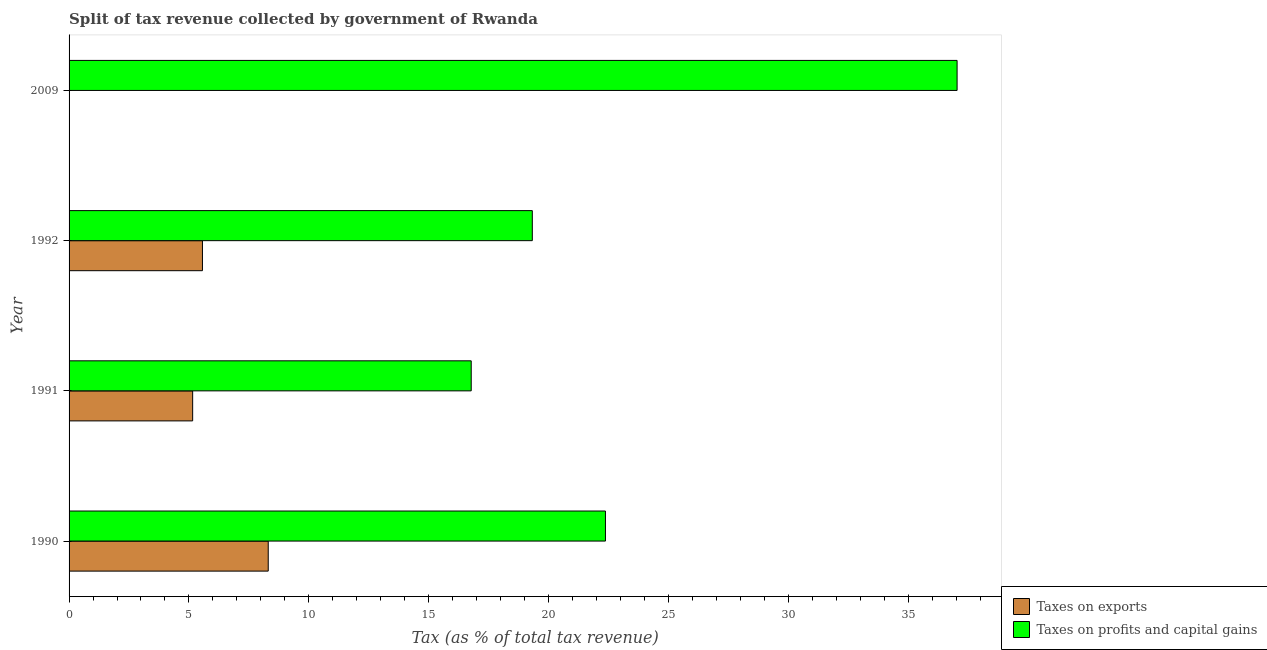
| Year | Taxes on exports | Taxes on profits and capital gains |
 | --- | --- | --- |
 | 1990 | 8.31 | 22.4 |
 | 1991 | 5.16 | 16.8 |
 | 1992 | 5.56 | 19.3 |
 | 2009 | 0.00474 | 37 |